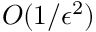
{ \cal O } ( 1 / \epsilon ^ { 2 } )